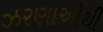
ઝરણાઓથી